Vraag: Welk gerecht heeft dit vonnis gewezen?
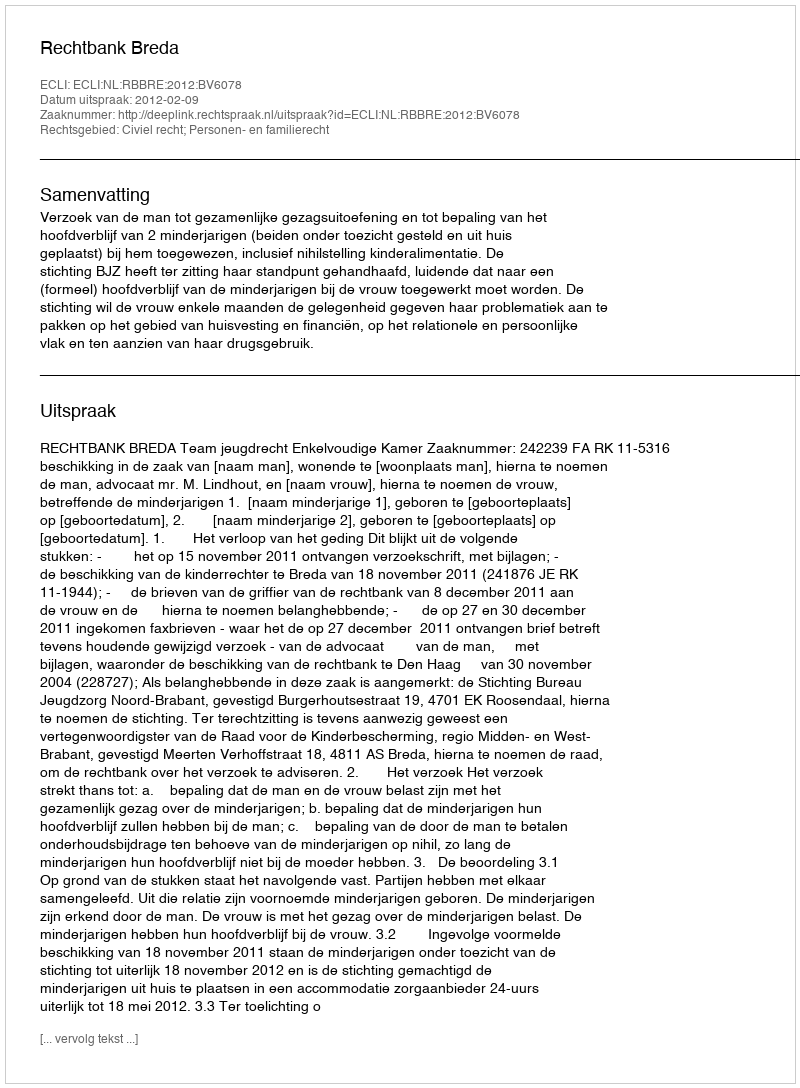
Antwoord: Rechtbank Breda